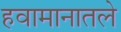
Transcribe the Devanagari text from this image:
हवामानातले